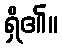
ရှိ၏။